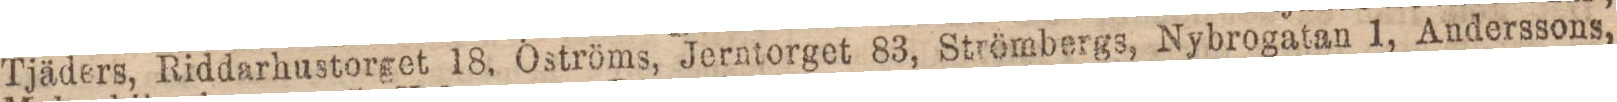
Tjäders, Riddarhustorget 18, Öströms, Jerntorget 83, Strömbergs, Nybrogatan 1, Anderssons,